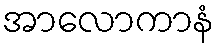
အာလောကာနံ